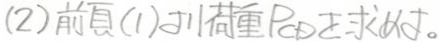
(2) 前頁(1)の荷重$P_{CD}$を求めよ。